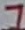
Text: 7